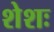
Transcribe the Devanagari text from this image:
शेशः